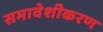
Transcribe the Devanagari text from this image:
समावेशीकरण